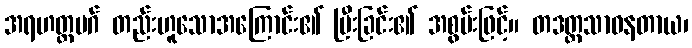
အရဟတ္တမဂ် တည်းဟူသောအကြောင်း၏ ပြီးခြင်း၏ အစွမ်းဖြင့်။ တဒတ္ထသာဓနတာယ၊